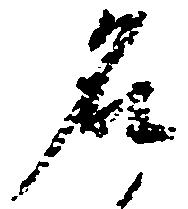
名